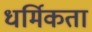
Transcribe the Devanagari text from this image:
धर्मिकता